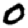
Digit: 0